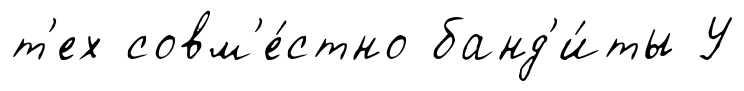
т'ех совм'е́стно банд'и́ты У